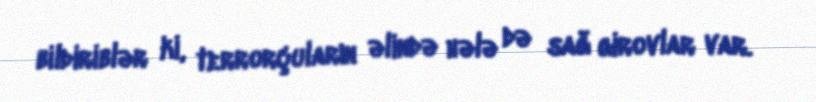
bildiriblər ki, terrorçuların əlində hələ də sağ girovlar var.